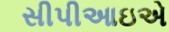
સીપીઆઇએ